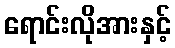
ရောင်းလိုအားနှင့်